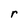
Character: r